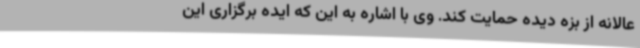
عالانه از بزه دیده حمایت کند. وی با اشاره به این که ایده برگزاری این